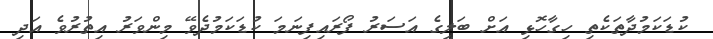
ކުޑަކަމުދާތަކެތި ހިގާހޮޅި އަށް ބަލީގެ އަސަރު ފޯރައިފިނަމަ ކުޑަކަމުދެވޭ މިންވަރު އިތުރުވެ އަދި